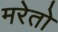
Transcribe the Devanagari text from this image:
मरेतो